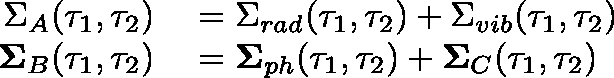
\begin{array} { r l } { \Sigma _ { A } ( \tau _ { 1 } , \tau _ { 2 } ) } & { { } = \Sigma _ { r a d } ( \tau _ { 1 } , \tau _ { 2 } ) + \Sigma _ { v i b } ( \tau _ { 1 } , \tau _ { 2 } ) } \\ { \mathbf { \Sigma } _ { B } ( \tau _ { 1 } , \tau _ { 2 } ) } & { { } = \mathbf { \Sigma } _ { p h } ( \tau _ { 1 } , \tau _ { 2 } ) + \mathbf { \Sigma } _ { C } ( \tau _ { 1 } , \tau _ { 2 } ) } \end{array}